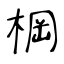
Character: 棡